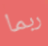
ربما